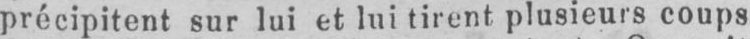
précipitent sur lui et lui tirent plusieurs coups